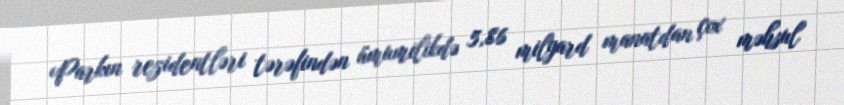
Parkın rezidentləri tərəfindən ümumilikdə 5,86 milyard manatdan çox məhsul